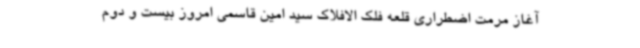
آغاز مرمت اضطراری قلعه فلک الافلاک سید امین قاسمی امروز بیست و دوم